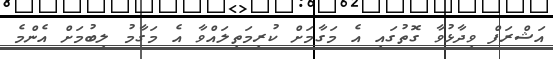
އަޝްރަފް ވިދާޅުވާ ގޮތުގައި އެ މަގާމަށް ކުރިމަތިލައްވާ އެ މަގާމު ލިބުމަށް އެންމެ